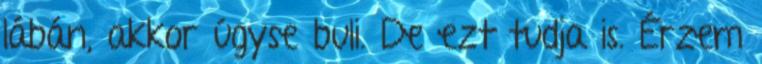
lábán, akkor úgyse buli. De ezt tudja is. Érzem